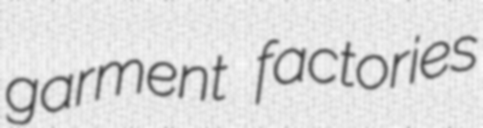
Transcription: garment factories